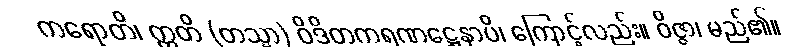
ကရောတိ၊ ဣတိ (တသ္မာ) ဝိဒိတကရဏဋ္ဌေနာပိ၊ ကြောင့်လည်း။ ဝိဇ္ဇာ၊ မည်၏။